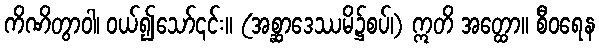
ကိဏိတွာဝါ၊ ဝယ်၍သော်၎င်း။ (အစ္ဆာဒေဿမိ၌စပ်၊) ဣတိ အတ္ထော။ စီဝရေန